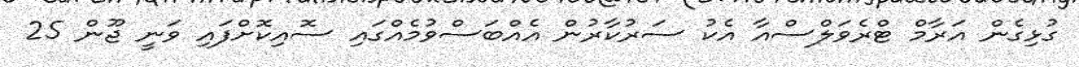
ގުޅިގެން އަރާމް ޓްރެވަލްސްއާ އެކު ސަރުކާރުން އެއްބަސްވުމެއްގައި ސޮއިކޮށްފައި ވަނީ ޖޫން 25